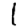
Digit: 1